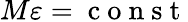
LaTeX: M\varepsilon=\mathrm{~c~o~n~s~t~}